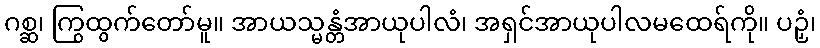
ဂစ္ဆ၊ ကြွထွက်တော်မူ။ အာယသ္မန္တံအာယုပါလံ၊ အရှင်အာယုပါလမထေရ်ကို။ ပဉှံ၊